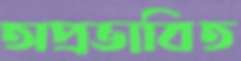
অপ্রভাবিত